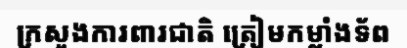
ក្រសួងការពារជាតិ ត្រៀមកម្លាំងទ័ព